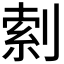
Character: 𫦎